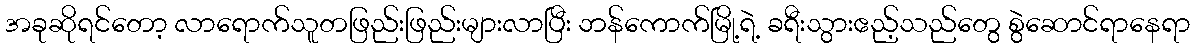
အခုဆိုရင်တော့ လာရောက်သူတဖြည်းဖြည်းများလာပြီး ဘန်ကောက်မြို့ရဲ့ ခရီးသွားဧည့်သည်တွေ စွဲဆောင်ရာနေရာ